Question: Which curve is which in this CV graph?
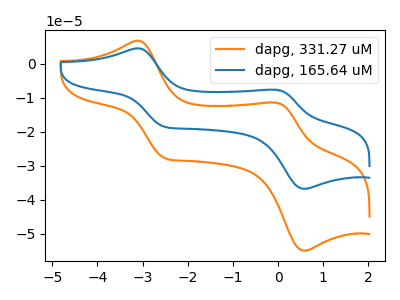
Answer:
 <answer>The orange curve is labeled "dapg, 331.27 uM". The blue curve is labeled "dapg, 165.64 uM".</answer>
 <eval></eval>